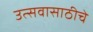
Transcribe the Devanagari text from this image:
उत्सवासाठीचे